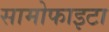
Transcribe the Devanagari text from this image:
सामोफाइटा